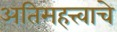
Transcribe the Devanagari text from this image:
अतिमहत्त्वाचे